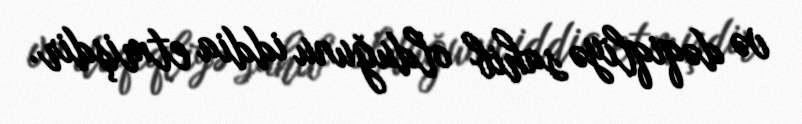
və dəqiqliyə sahib olduğunu iddia etmişdir.